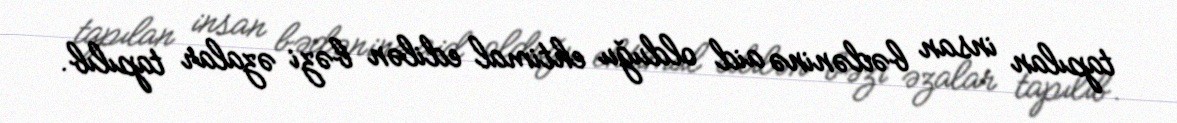
tapılan insan bədəninə aid olduğu ehtimal edilən bəzi əzalar tapılıb.